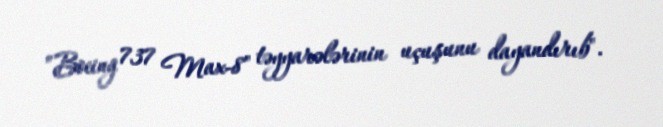
”Boeing 737 Max-8" təyyarələrinin uçuşunu dayandırıb".